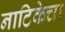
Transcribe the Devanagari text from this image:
नाटिकेचा